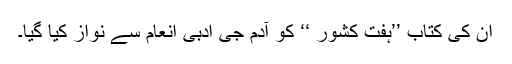
ان کی کتاب ’’ہفت کشور ‘‘ کو آدم جی ادبی انعام سے نواز کیا گیا۔